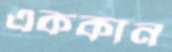
এককান